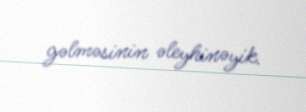
gəlməsinin əleyhinəyik.